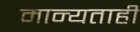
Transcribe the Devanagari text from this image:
मान्यताही